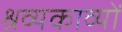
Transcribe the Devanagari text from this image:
श्रव्यकाव्यों